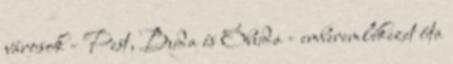
városok - Pest, Buda és Óbuda - emberemlékezet óta